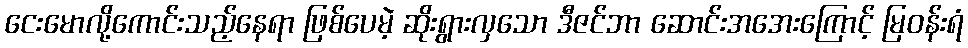
ငေးမောလို့ကောင်းသည့်နေရာ ဖြစ်ပေမဲ့ ဆိုးရွားလှသော ဒီဇင်ဘာ ဆောင်းအအေးကြောင့် မြဝန်းရံ